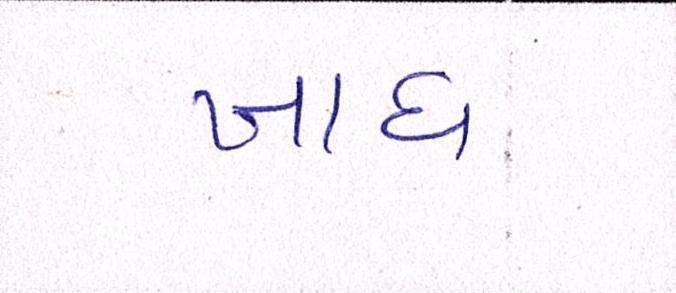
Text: ખાધ